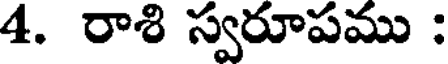
4. రాశి స్వరూపము :